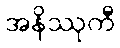
အနိဿုကီ